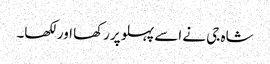
شاہ جی نے اسے پہلو پررکھا اورلکھا۔